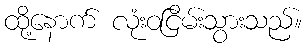
ထို့နောက် လုံးဝငြိမ်းသွားသည်။